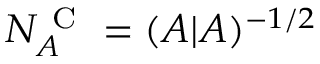
N _ { A } ^ { \mathrm { ~ C ~ } } = ( A | A ) ^ { - 1 / 2 }